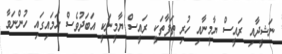
ނަޝީދާއި ރައީސް ޔާމީނާއި ހުރި ތަފާތަކީ ރައީސް ޔާމީނަކީ އަބަދުވެސް ހަމައިގައި ހުންނަވާ